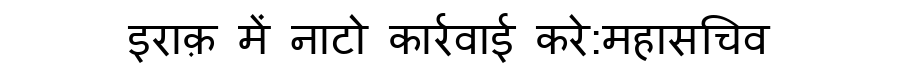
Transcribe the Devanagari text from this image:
इराक़ में नाटो कार्रवाई करे:महासचिव